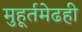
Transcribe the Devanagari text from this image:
मुहूर्तमेढही